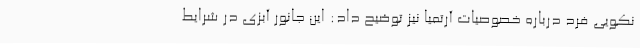
نکویی فرد درباره خصوصیات آرتمیا نیز توضیح داد: این جانور آبزی در شرایط